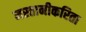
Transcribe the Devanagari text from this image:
मस्तानीकरिता